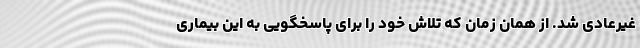
غیرعادی شد. از همان زمان که تلاش خود را برای پاسخگویی به این بیماری